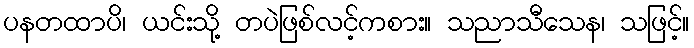
ပနတထာပိ၊ ယင်းသို့ တပဲဖြစ်လင့်ကစား။ သညာသီသေန၊ သဖြင့်။